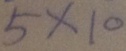
5 \times 1 0